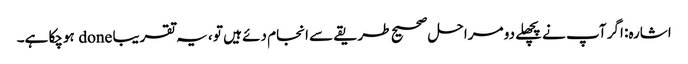
اشارہ: اگر آپ نے پچھلے دو مراحل صحیح طریقے سے انجام دئے ہیں تو ، یہ تقریبا done ہوچکا ہے۔